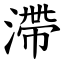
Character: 滯